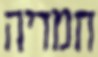
חמדיה